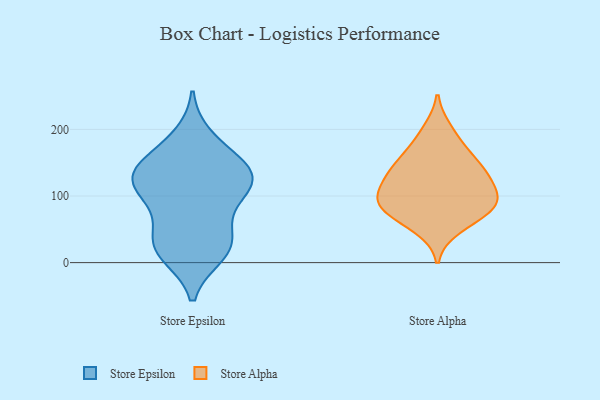
{"axis": {"x": "Humidity (%)", "y": "Value"}, "legend": ["Store Alpha", "Store Epsilon"], "data": [{"x": "", "y": 142, "type": "Store Epsilon"}, {"x": "", "y": 48, "type": "Store Epsilon"}, {"x": "", "y": 187, "type": "Store Epsilon"}, {"x": "", "y": 13, "type": "Store Epsilon"}, {"x": "", "y": 131, "type": "Store Epsilon"}, {"x": "", "y": 28, "type": "Store Epsilon"}, {"x": "", "y": 164, "type": "Store Epsilon"}, {"x": "", "y": 115, "type": "Store Epsilon"}, {"x": "", "y": 135, "type": "Store Epsilon"}, {"x": "", "y": 24, "type": "Store Epsilon"}, {"x": "", "y": 118, "type": "Store Epsilon"}, {"x": "", "y": 130, "type": "Store Epsilon"}, {"x": "", "y": 106, "type": "Store Epsilon"}, {"x": "", "y": 20, "type": "Store Epsilon"}, {"x": "", "y": 84, "type": "Store Epsilon"}, {"x": "", "y": 199, "type": "Store Alpha"}, {"x": "", "y": 149, "type": "Store Alpha"}, {"x": "", "y": 117, "type": "Store Alpha"}, {"x": "", "y": 97, "type": "Store Alpha"}, {"x": "", "y": 175, "type": "Store Alpha"}, {"x": "", "y": 147, "type": "Store Alpha"}, {"x": "", "y": 52, "type": "Store Alpha"}, {"x": "", "y": 94, "type": "Store Alpha"}, {"x": "", "y": 80, "type": "Store Alpha"}, {"x": "", "y": 126, "type": "Store Alpha"}, {"x": "", "y": 71, "type": "Store Alpha"}, {"x": "", "y": 95, "type": "Store Alpha"}, {"x": "", "y": 136, "type": "Store Alpha"}, {"x": "", "y": 82, "type": "Store Alpha"}]}